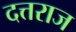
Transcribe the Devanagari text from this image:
दत्तराज